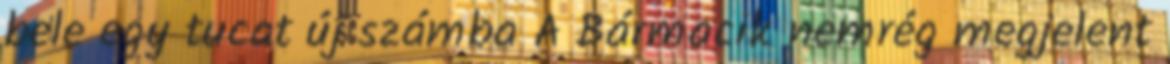
bele egy tucat új számba A Bármacik nemrég megjelent